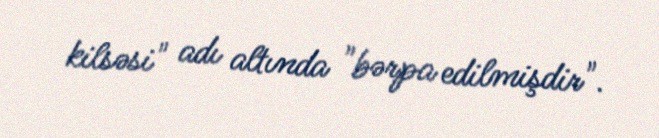
kilsəsi" adı altında "bərpa edilmişdir".